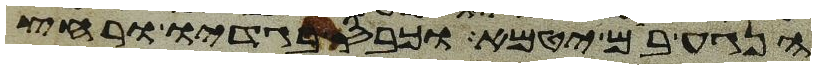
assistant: הנגע בם יטמא וכבס בגדיו ורחץ